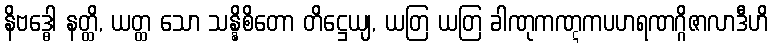
နိဗဒ္ဓေါ နတ္ထိ, ယတ္ထ သော သန္နိစိတော တိဋ္ဌေယျ, ယတြ ယတြ ခါဏုကဏ္ဋကပဟရဏဂ္ဂိဇာလာဒီဟိ